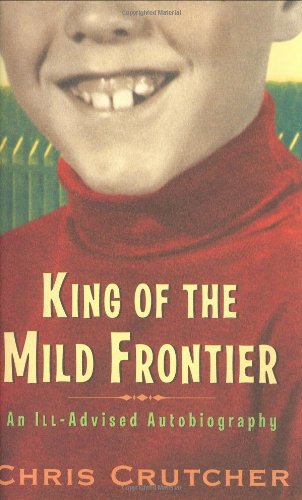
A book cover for King of the Mild Frontier: An Ill-Advised Autobiography; Chris Crutcher; Teen & Young Adult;